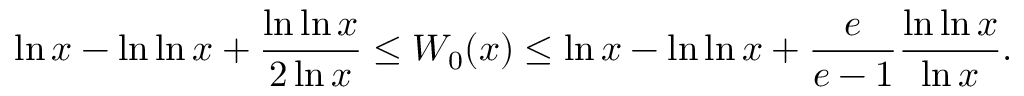
\ln x - \ln \ln x + { \frac { \ln \ln x } { 2 \ln x } } \leq W _ { 0 } ( x ) \leq \ln x - \ln \ln x + { \frac { e } { e - 1 } } { \frac { \ln \ln x } { \ln x } } .